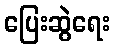
ပြေးဆွဲရေး